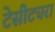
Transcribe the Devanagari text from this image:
टेसीट्यरा